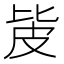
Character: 㿫